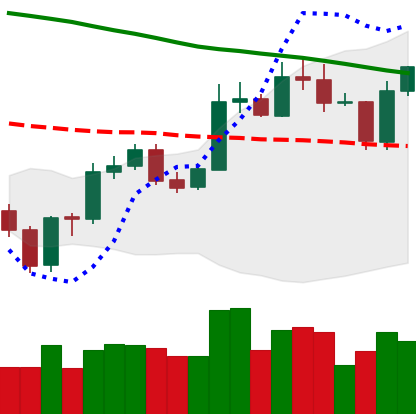
Ticker: ETC-USD
Chart end date: 2020-01-04
Forward return: 10.276%
Label: up_7plus